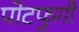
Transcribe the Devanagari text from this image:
पोटफुगी